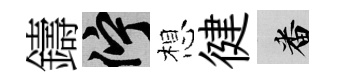
鑄伫想徤番